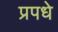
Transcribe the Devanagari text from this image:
प्रपधे